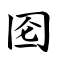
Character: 囵